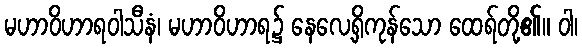
မဟာဝိဟာရဝါသီနံ၊ မဟာဝိဟာရ၌ နေလေ့ရှိကုန်သော ထေရ်တို့၏။ ဝါ၊